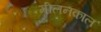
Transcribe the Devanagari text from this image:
मीलनकाल